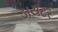
ડાયટર